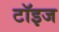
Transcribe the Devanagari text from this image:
टॉइज